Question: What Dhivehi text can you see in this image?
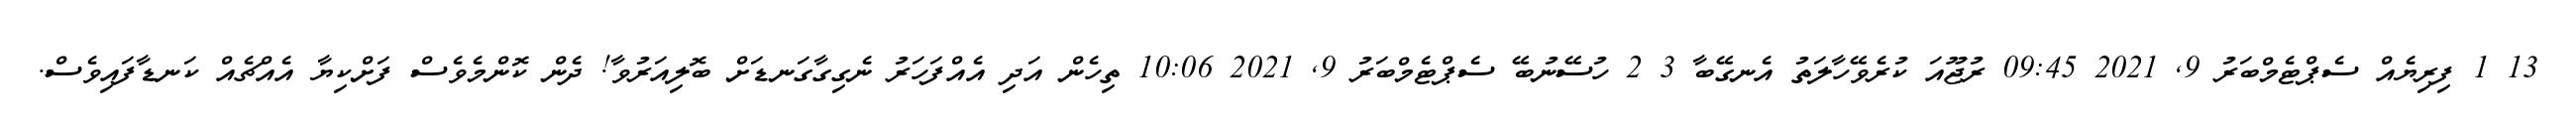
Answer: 13 1 ފިރިޔެއް ސެޕްޓެމްބަރު 9, 2021 09:45 ރުޖޫއަ ކުރެވޭހާލަތު އެނގޭބާ 3 2 ހުސޭނުބޭ ސެޕްޓެމްބަރު 9, 2021 10:06 ތިހެން އަދި އެއްފަހަރު ނެގިގާގަނޑަށް ބޮލިއަރުވާ! ދެން ކޮންމެވެސް ފަށްކިޔާ އެއްޗެއް ކަނޑާފައިވެސް.